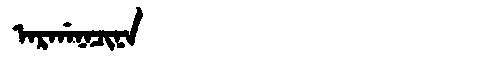
Manchu: ᠠᡵᡤᠠᠨᠠᠴᡳᠨᠠ
Romanization: ARGANACINA